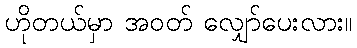
ဟိုတယ်မှာ အဝတ် လျှော်ပေးလား။